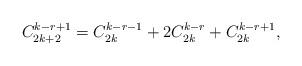
LaTeX: \begin{align*}C_{2k+2}^{k-r+1} = C_{2k }^{k-r-1} + 2 C_{2k }^{k-r } + C_{2k }^{k-r+1},\end{align*}